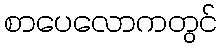
စာပေလောကတွင်